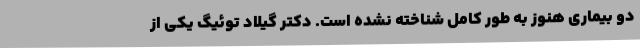
دو بیماری هنوز به طور کامل شناخته نشده است. دکتر گیلاد توئیگ یکی از